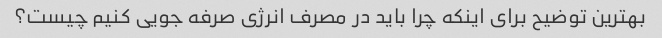
بهترین توضیح برای اینکه چرا باید در مصرف انرژی صرفه جویی کنیم چیست؟